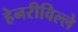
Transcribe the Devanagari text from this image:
हेनरीविल्ले